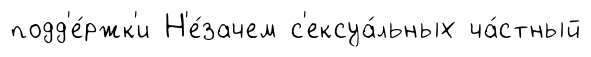
подд'е́ржк'и Н'е́зачем с'ексуа́льных ча́стный